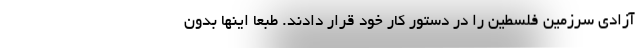
آزادی سرزمین فلسطین را در دستور کار خود قرار دادند. طبعا اینها بدون